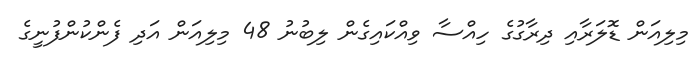
މިލިއަން ޑޮލަރާއި ދިރާގުގެ ހިއްސާ ވިއްކައިގެން ލިބުނު 48 މިލިއަން އަދި ފެންކުންފުނީގެ